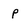
Character: P